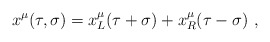
\begin{align*}x^\mu(\tau,\sigma)=x^\mu_L(\tau+\sigma)+x^\mu_R(\tau-\sigma)\ ,\end{align*}